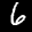
Label: 6